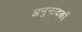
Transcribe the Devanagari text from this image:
अनुनादकों